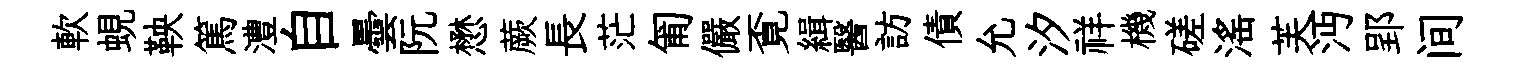
軟蜆鞅篤澧自曇阮懋蕨長茫匍儼覔緝醫訪債允汐祥機磋滛芙沔郢间